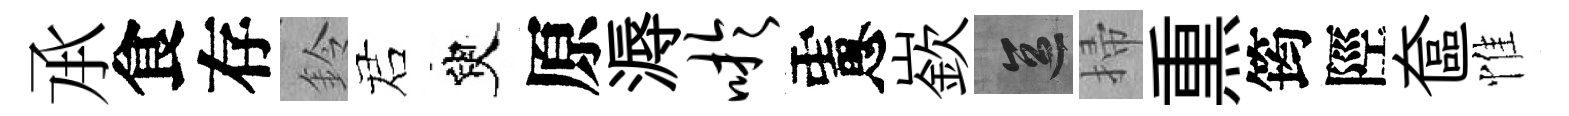
𠄘食存鈴诺臾原溽吁慮嶔區掃𤋱筠陘奩惟